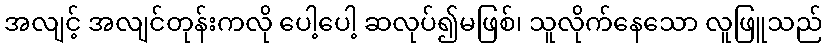
အလျင့် အလျင်တုန်းကလို ပေါ့ပေါ့ ဆလုပ်၍မဖြစ်၊ သူလိုက်နေသော လူဖြူသည်